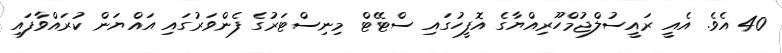
40 އެވެ. އެއީ ރައީސުލްޖުމްހޫރިއްޔާގެ އޮފީހުގައި ސްޓޭޓް މިނިސްޓަރުގެ ފެންވަރުގައި އައްޔަން ކުރައްވާފައި